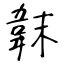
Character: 韎